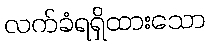
လက်ခံရရှိထားသော